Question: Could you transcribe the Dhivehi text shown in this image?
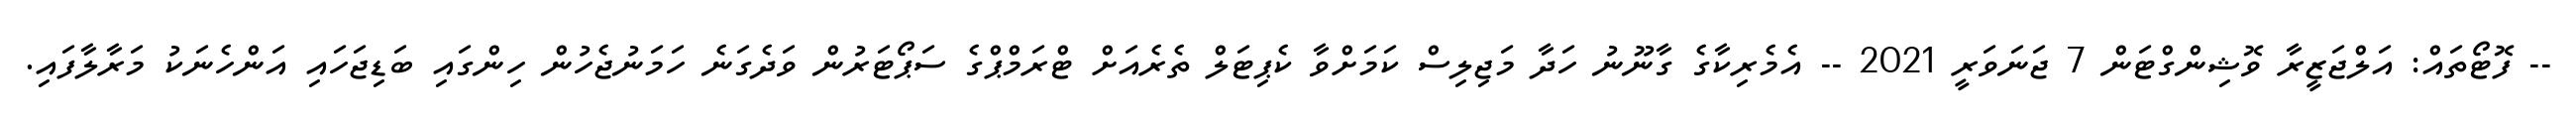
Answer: -- ފޮޓޯތައް: އަލްޖަޒީރާ ވޮޝިންގްޓަން 7 ޖަނަވަރީ 2021 -- އެމެރިކާގެ ގާނޫނު ހަދާ މަޖިލިސް ކަމަށްވާ ކެޕިޓަލް ތެރެއަށް ޓްރަމްޕްގެ ސަޕޯޓަރުން ވަދެގަނެ ހަމަނުޖެހުން ހިންގައި ބަޑިޖަހައި އަންހެނަކު މަރާލާފައި.